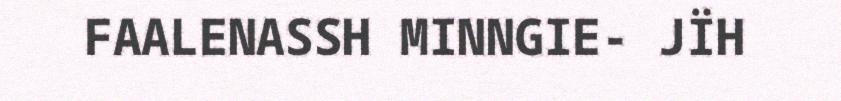
FAALENASSH MINNGIE- JÏH